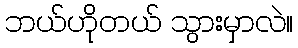
ဘယ်ဟိုတယ် သွားမှာလဲ။